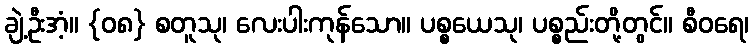
ချဲ့ဦးအံ့။ {၀၈} စတူသု၊ လေးပါးကုန်သော။ ပစ္စယေသု၊ ပစ္စည်းတို့တွင်။ စီဝရေ၊